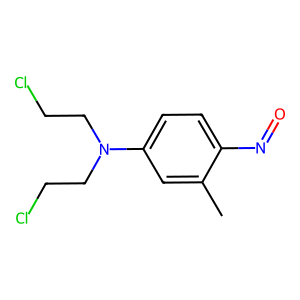
SMILES: Cc1cc(N(CCCl)CCCl)ccc1N=O
Inhibits HIV replication: No